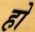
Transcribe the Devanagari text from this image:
हो